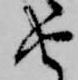
由